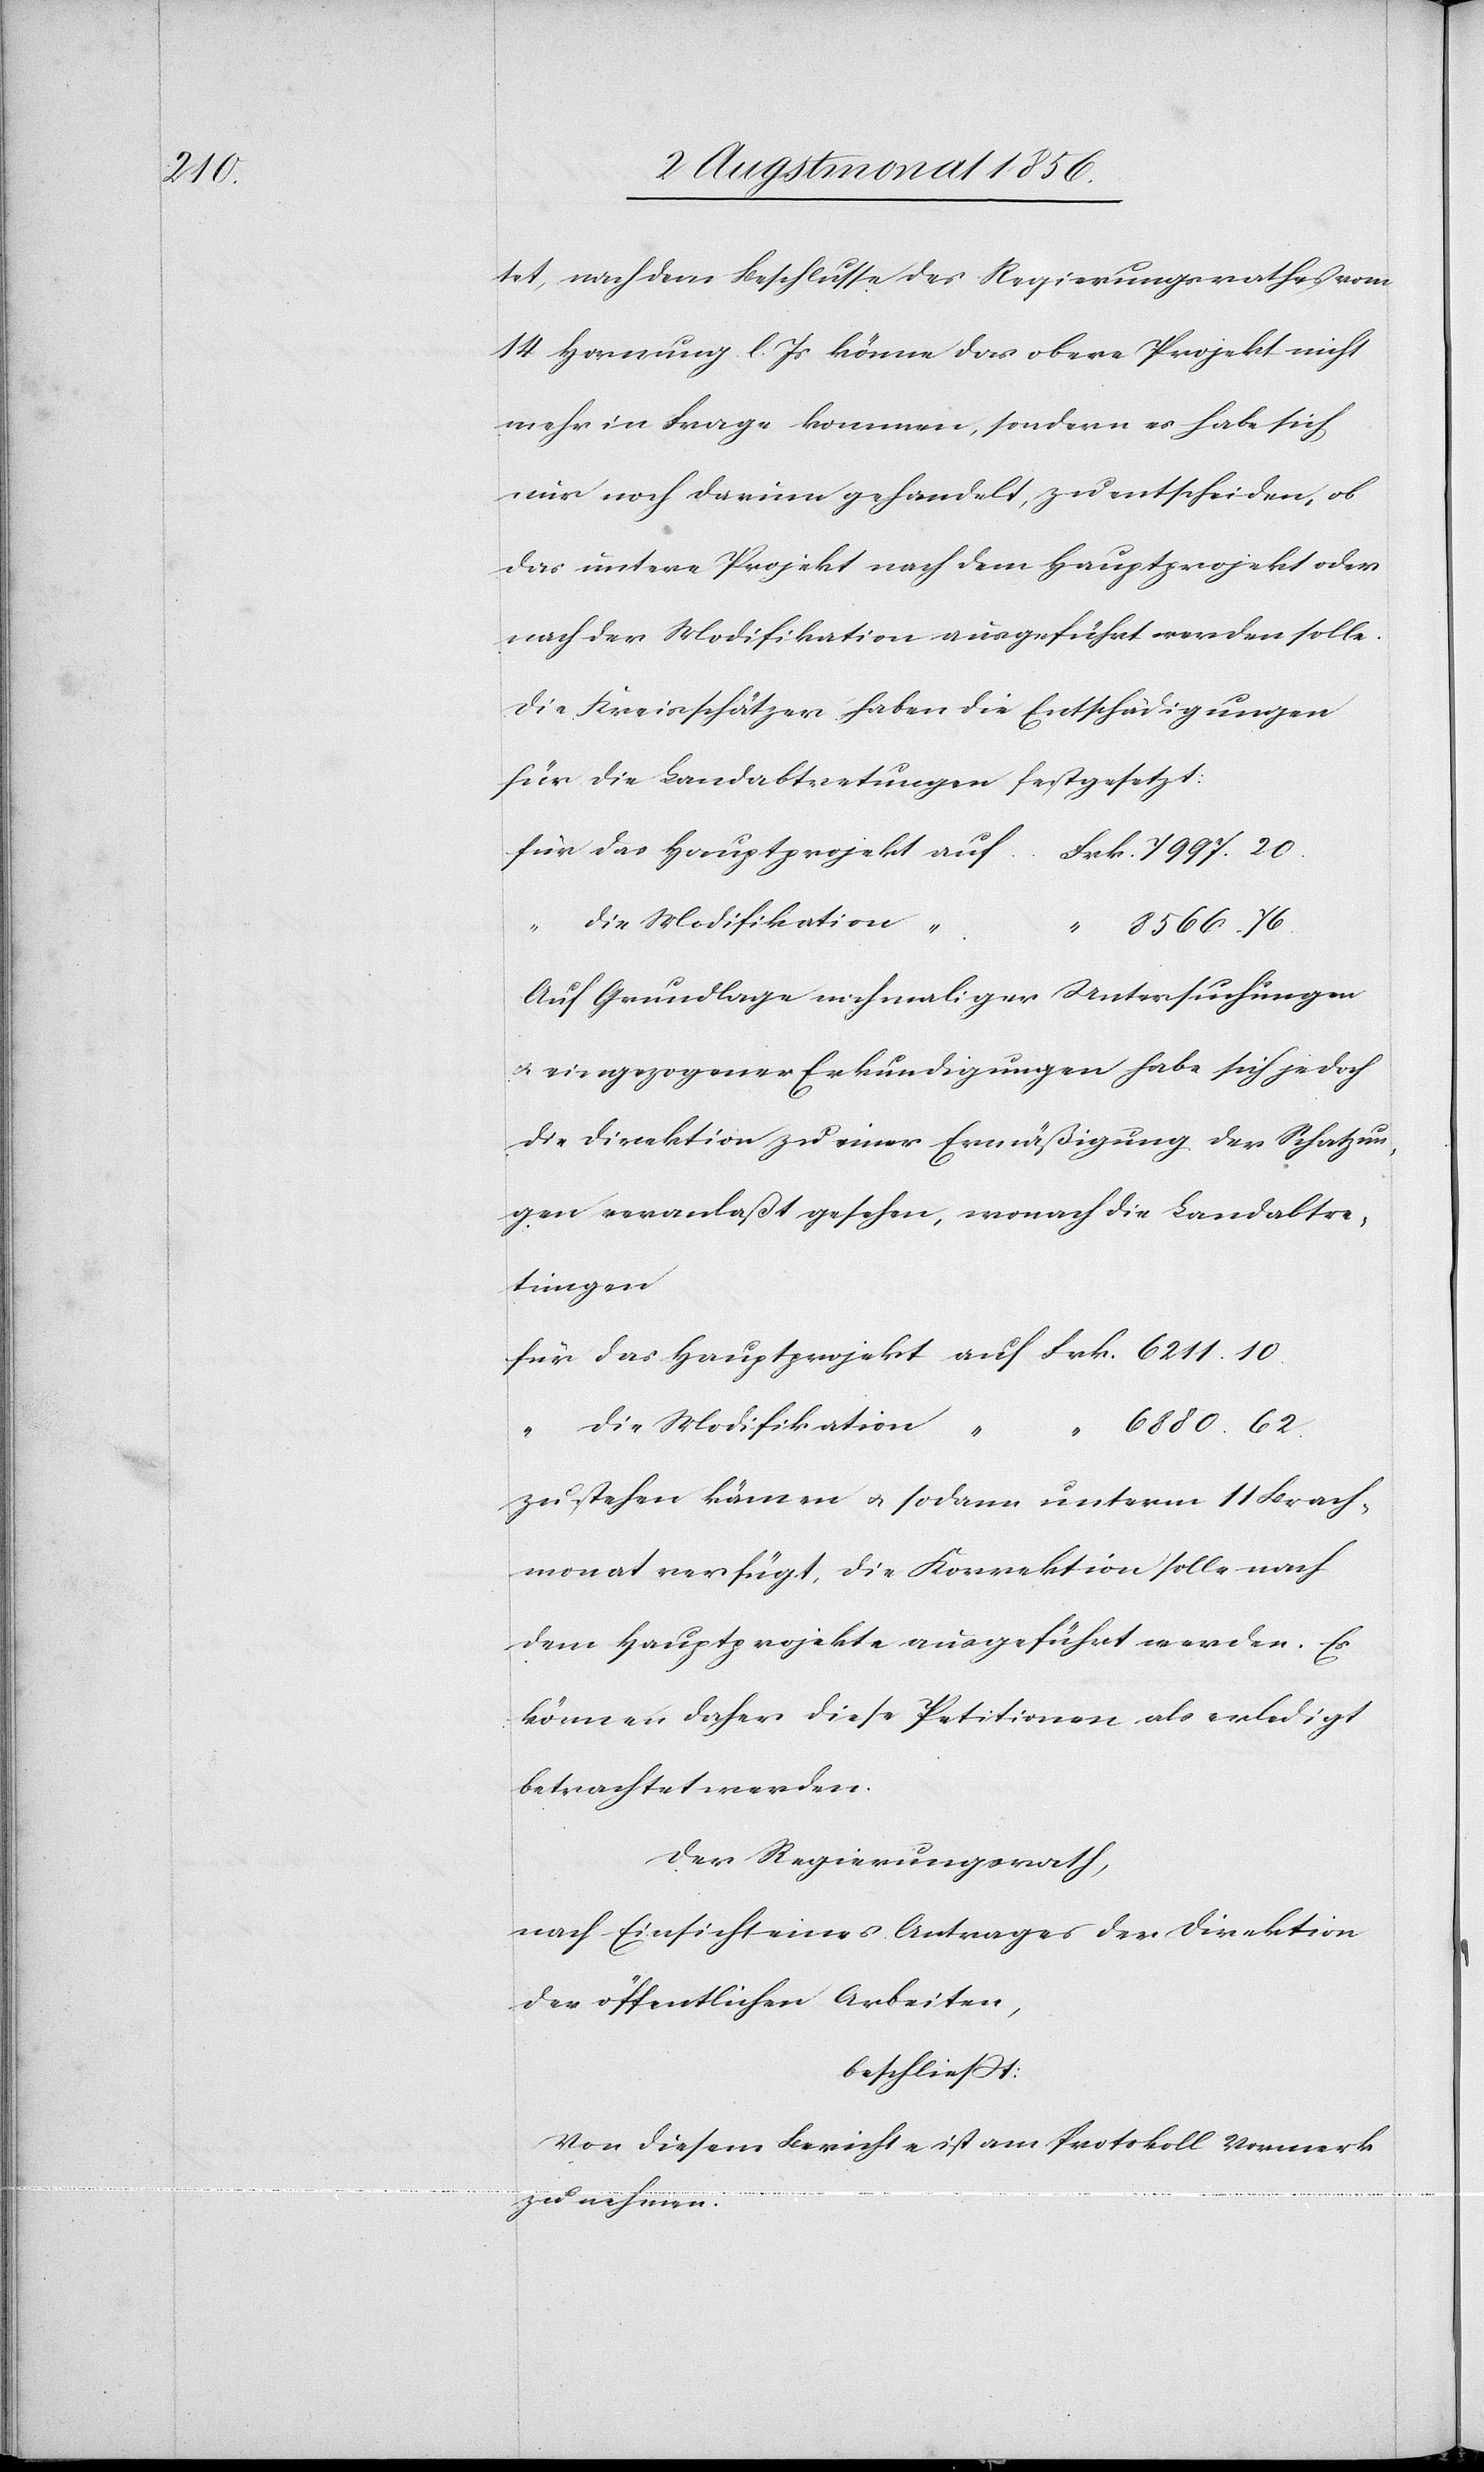
tet, nach dem Beschlusse des Regierungsrathes vom
14 Hornung l. Js könne das obere Projekt nicht
mehr in Frage kommen, sondern es habe sich
nur noch darum gehandelt, zu entscheiden, ob
das untere Projekt nach dem Hauptprojekt oder
nach der Modifikation ausgeführt werden solle.
Die Kreisschätzer haben die Entschädigungen
für die Landabtretungen festgesetzt:
für das Hauptprojekt auf Frk. 7997. 20
“ die Modifikation	“
“ 8566. 76
Auf Grundlage nochmaliger Untersuchungen
u. eingezogener Erkundigungen habe sich jedoch
die Direktion zu einer Ermäßigung der Schatzun¬
gen veranlaßt gesehen, wonach die Landabtre¬
tungen
für das Hauptprojekt auf Frk. 6211. 10.
die Modifikation “ “ 6990. 62.
zu stehen kämen u. sodann unterm 11 Brach¬
monat verfügt, die Korrektion solle nach
dem Hauptprojekte ausgeführt werden. Es
können daher diese Petitionen als erledigt
betrachtet werden.
Der Regierungsrath,
nach Einsicht eines Antrages der Direktion
der öffentlichen Arbeiten,
beschließt:
Von diesem Berichte ist am Protokoll Vormerk
zu nehmen.